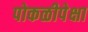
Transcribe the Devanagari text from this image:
पोकळीपेक्षा